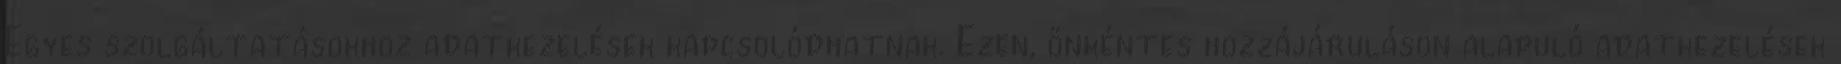
Egyes szolgáltatásokhoz adatkezelések kapcsolódhatnak. Ezen, önkéntes hozzájáruláson alapuló adatkezelések